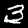
Digit: 3